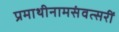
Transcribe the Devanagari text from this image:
प्रमाथीनामसंवत्सरीं